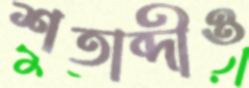
শতাব্দীও